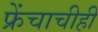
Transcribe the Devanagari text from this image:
फ्रेंचाचीही